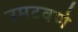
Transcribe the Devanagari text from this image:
उमटवणे